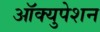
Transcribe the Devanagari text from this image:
ऑक्युपेशन